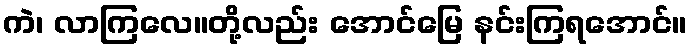
ကဲ၊ လာကြလေ။တို့လည်း အောင်မြေ နင်းကြရအောင်။